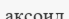
аксоид